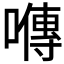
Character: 𡀯